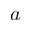
a